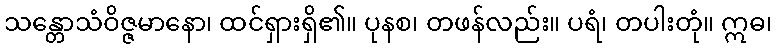
သန္တောသံဝိဇ္ဇမာနော၊ ထင်ရှားရှိ၏။ ပုနစ၊ တဖန်လည်း။ ပရံ၊ တပါးတုံ။ ဣဓ၊